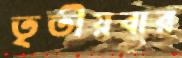
তৃতীয়বার